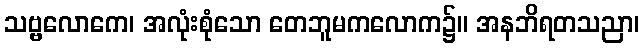
သဗ္ဗလောကေ၊ အလုံးစုံသော တေဘူမကလောက၌။ အနဘိရတသညာ၊